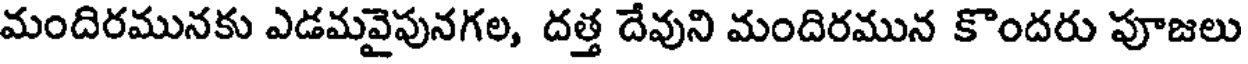
మందిరమునకు ఎడమవైపునగల, దత్త దేవుని మందిరమున కొందరు పూజలు